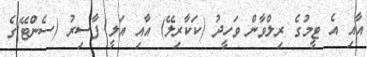
އާއި އެ ޓީމުގެ ރިލްވާން ވަހީދު (ކަކާރިލޭ) އާއި އަލީ ފާސިރު (ސެންޓޭ)ގެ